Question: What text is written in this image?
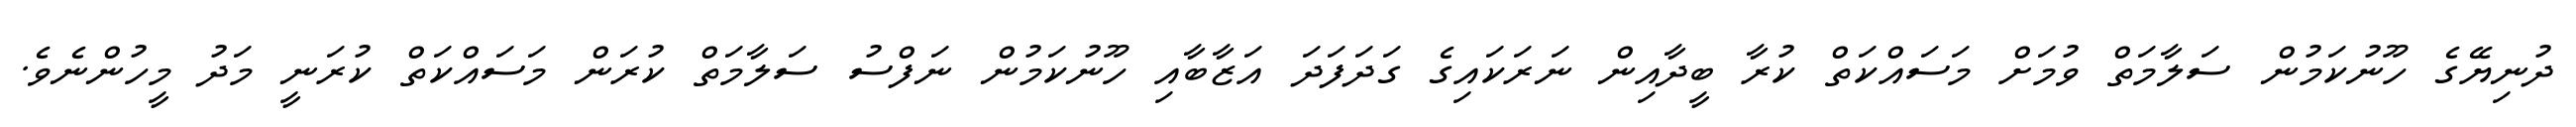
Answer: ދުނިޔޭގެ ހޫނުކަމުން ސަލާމަތް ވުމަށް މަސައްކަތް ކުރާ ބީދާއިން ނަރަކައިގެ ގަދަފަދަ އަޒާބާއި ހޫނުކަމުން ނަފްސު ސަލާމަތް ކުރަން މަސައްކަތް ކުރަނީ މަދު މީހުންނެވެ.